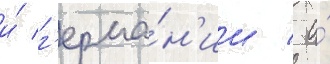
и́ г'ерма́н'ии / а́